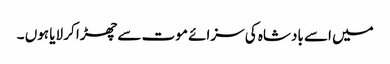
میں اسے بادشاہ کی سزائے موت سے چھڑا کر لایا ہوں ۔